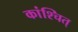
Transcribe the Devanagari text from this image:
कांश्चित्